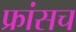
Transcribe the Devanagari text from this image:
फ्रांसच